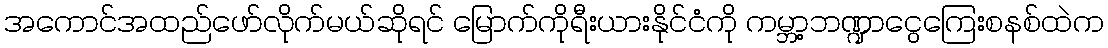
အကောင်အထည်ဖော်လိုက်မယ်ဆိုရင် မြောက်ကိုရီးယားနိုင်ငံကို ကမ္ဘာ့ဘဏ္ဍာငွေကြေးစနစ်ထဲက